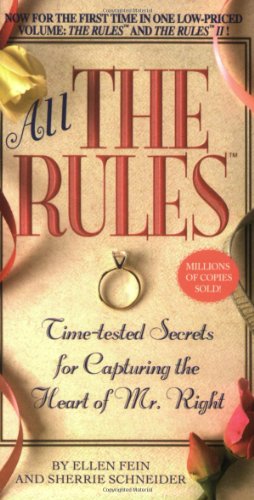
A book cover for All the Rules: Time-tested Secrets for Capturing the Heart of Mr. Right; Ellen Fein; Self-Help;